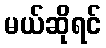
မယ်ဆိုရင်